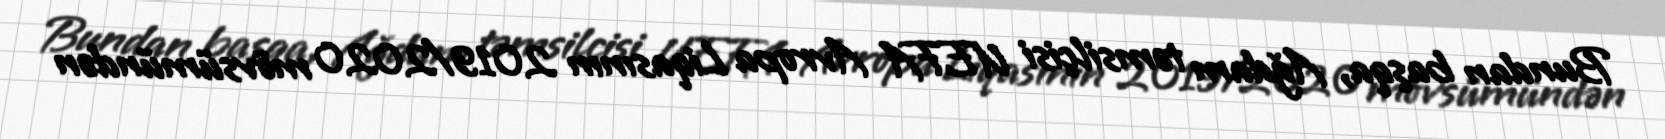
Bundan başqa, Ağdam təmsilçisi UEFA Avropa Liqasının 2019/2020 mövsümündən